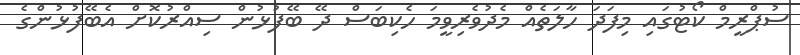
ސުޕްރީމް ކޯޓުގައި މިފަދަ ހާލަތެއް މެދުވެރިވީމަ ހެކިބަސް ދޭ ބޭފުޅުން ސިއްރުކޮށް އެބޭފުޅުންގެ